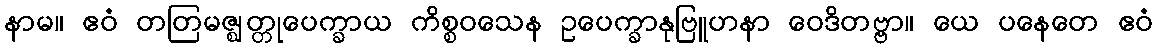
နာမ။ ဧဝံ တတြမဇ္ဈတ္တုပေက္ခာယ ကိစ္စဝသေန ဥပေက္ခာနုဗြူဟနာ ဝေဒိတဗ္ဗာ။ ယေ ပနေတေ ဧဝံ